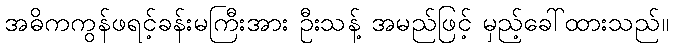
အဓိကကွန်ဖရင့်ခန်းမကြီးအား ဦးသန့် အမည်ဖြင့် မှည့်ခေါ်ထားသည်။